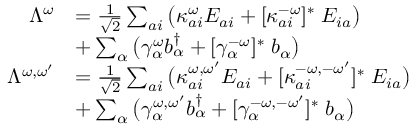
\begin{array} { r l } { \Lambda ^ { \omega } } & { = \frac { 1 } { \sqrt { 2 } } \sum _ { a i } \big ( \kappa _ { a i } ^ { \omega } E _ { a i } + [ \kappa _ { a i } ^ { - \omega } ] ^ { * } \; E _ { i a } \big ) } \\ & { + \sum _ { \alpha } \big ( \gamma _ { \alpha } ^ { \omega } b _ { \alpha } ^ { \dagger } + [ \gamma _ { \alpha } ^ { - \omega } ] ^ { * } \; b _ { \alpha } \big ) } \\ { \Lambda ^ { \omega , \omega ^ { \prime } } } & { = \frac { 1 } { \sqrt { 2 } } \sum _ { a i } \big ( \kappa _ { a i } ^ { \omega , \omega ^ { \prime } } E _ { a i } + [ \kappa _ { a i } ^ { - \omega , - \omega ^ { \prime } } ] ^ { * } \; E _ { i a } \big ) } \\ & { + \sum _ { \alpha } \big ( \gamma _ { \alpha } ^ { \omega , \omega ^ { \prime } } b _ { \alpha } ^ { \dagger } + [ \gamma _ { \alpha } ^ { - \omega , - \omega ^ { \prime } } ] ^ { * } \; b _ { \alpha } \big ) } \end{array}